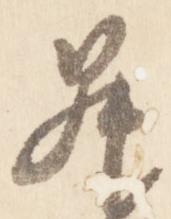
昇